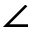
\angle